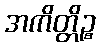
အကိတ္တိဉ္စ